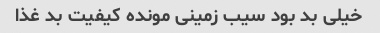
خیلی بد بود سیب زمینی مونده کیفیت بد غذا